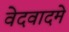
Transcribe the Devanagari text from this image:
वेदवादमे